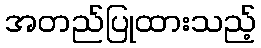
အတည်ပြုထားသည့်